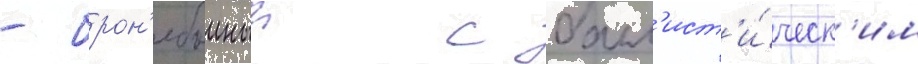
- брон'ебоиныи с балл'ист'и́ческ'им